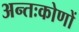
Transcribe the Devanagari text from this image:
अन्तःकोणों